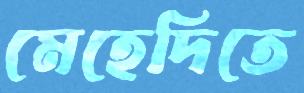
মেহেদিতে